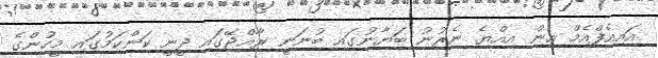
އައިއެފްއެމް އިން އިއްޔެ ނެރުނު ބަޔާނުގައި ބުނަނީ ރާއްޖޭގައި ދީނީ ކަންކަމުގައި މީހުންގެ